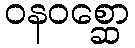
ဝနဝစ္ဆော